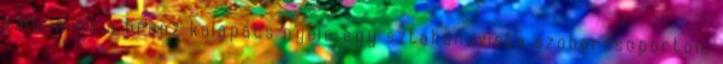
volt, mint a bronz kalapács nyele egy sztahanovista szoborcsoporton.